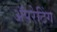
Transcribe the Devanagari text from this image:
ॲपरेटिंग